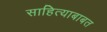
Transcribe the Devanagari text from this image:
साहित्याबाबत